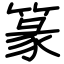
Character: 篆